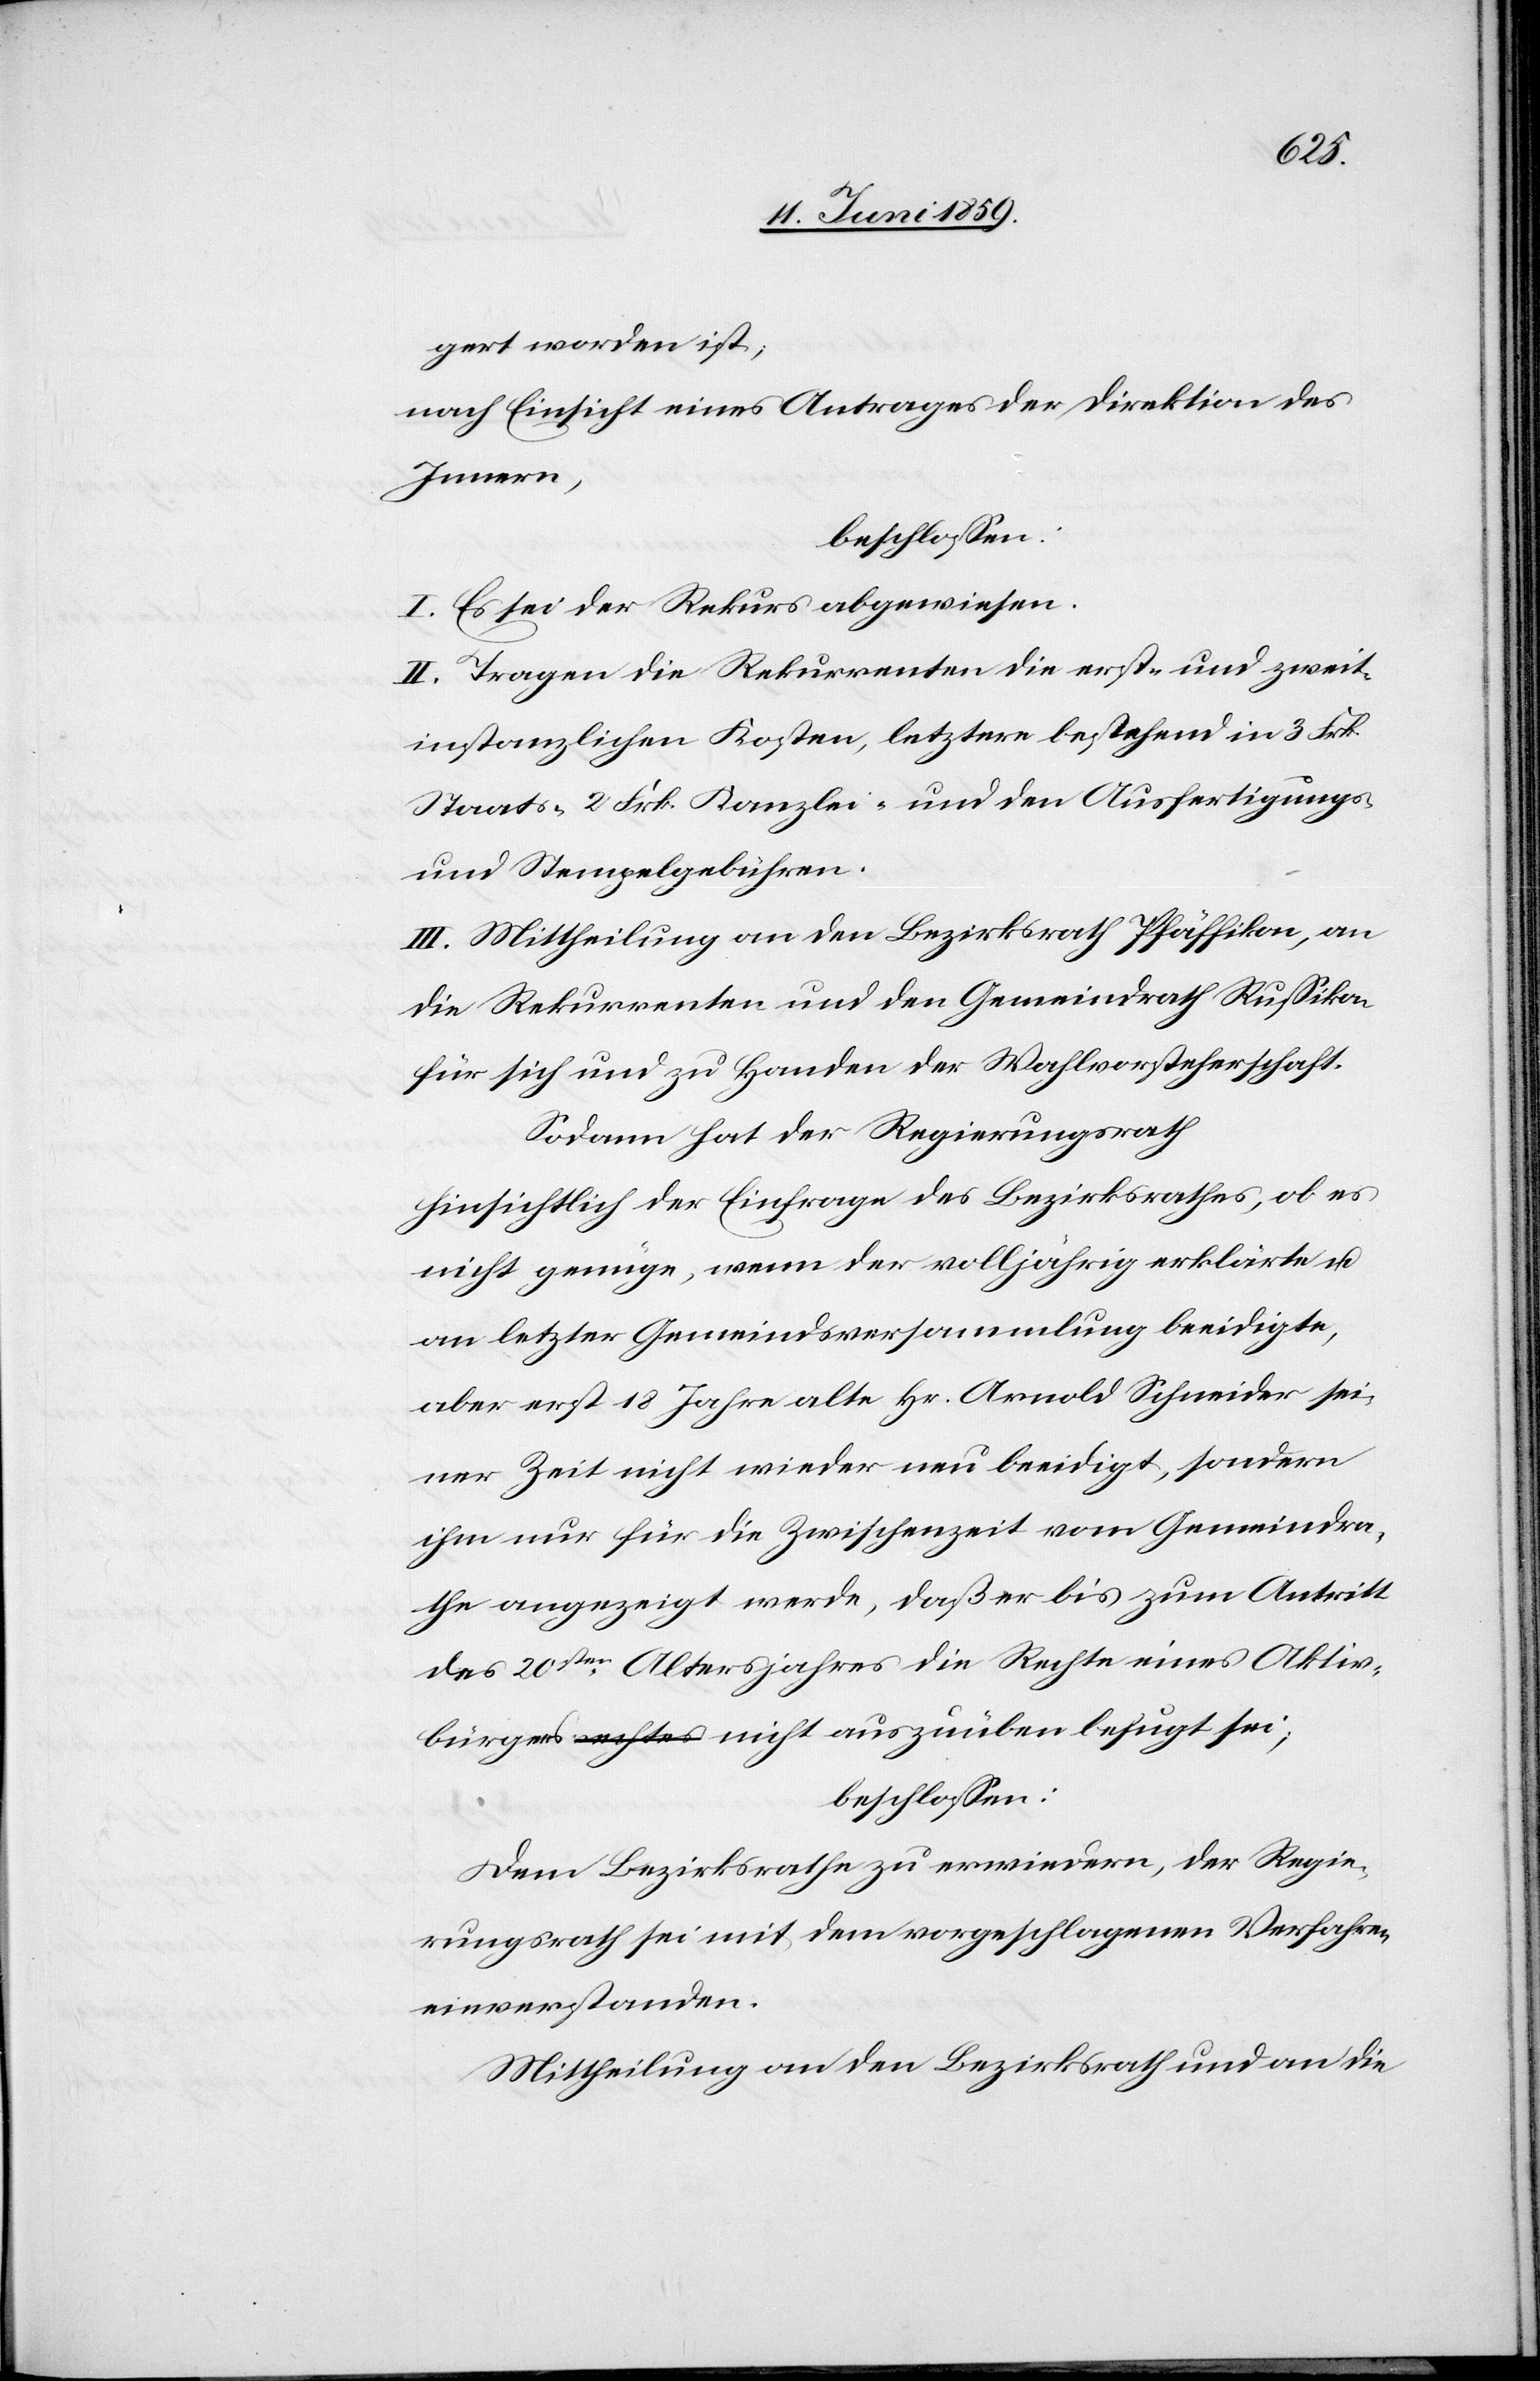
gert worden ist;
nach Einsicht eines Antrages der Direktion des
Innern,
beschlossen:
I. Es sei der Rekurs abgewiesen.
II. Tragen die Rekurrenten die erst- und zweit¬
instanzlichen Kosten, letztere bestehend in 3 Frk.
Staats-[,] 2 Frk. Kanzlei- und den Ausfertigungs-
und Stempelgebühren.
III. Mittheilung an den Bezirksrath Pfäffikon, an
die Rekurrenten und den Gemeindrath Russikon
für sich und zu Handen der Wahlvorsteherschaft.
Sodann hat der Regierungsrath
hinsichtlich der Einfrage des Bezirksrathes, ob es
nicht genüge, wenn der volljährig erklärte u.
an letzter Gemeindsversammlung beeidigte,
aber erst 18 Jahre alte Hr. Arnold Schneider sei¬
ner Zeit nicht wieder neue beeidigt, sondern
ihm nur für die Zwischenzeit vom Gemeindra¬
the angezeigt werde, daß er bis zum Antritt
des 20sten Altersjahres die Rechte eines Aktiv¬
bürgers a-rechtes-a nicht auszuüben befugt sei;
beschlossen:
Dem Bezirksrathe zu erwiedern, der Regie¬
rungsrath sei mit dem vorgeschlagenen Verfahren
einverstanden.
Mittheilung an den Bezirksrath und an die